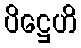
ပိဋ္ဌေဟိ